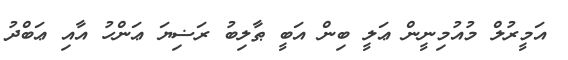
އަމީރުލް މުއުމިނީން ޢަލީ ބިން އަބީ ޠާލިބު ރަޟިޔަ ޢަންހު އާއި ޢަބްދު